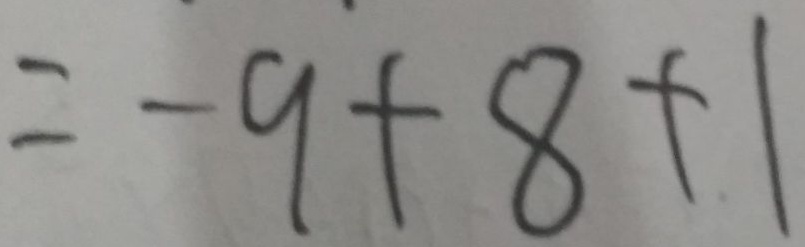
= - 9 + 8 + 1